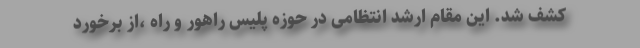
کشف شد. این مقام ارشد انتظامی در حوزه پلیس راهور و راه ،از برخورد